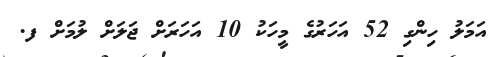
އަމަލު ހިންގި 52 އަހަރުގެ މީހަކު 10 އަހަރަށް ޖަލަށް ލުމަށް ފ.